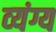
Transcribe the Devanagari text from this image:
व्‍यंग्य